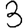
Digit: 3